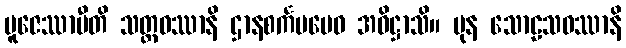
ပူဇေဿာမီတိ သတ္တဝဿာနိ ဌာနစင်္ကမမေဝ အဓိဋ္ဌာသိ။ ပုန သောဠသဝဿာနိ